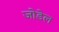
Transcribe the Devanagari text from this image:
जोडेल